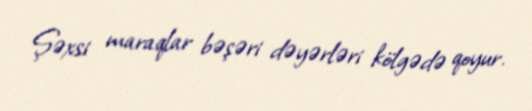
Şəxsi maraqlar bəşəri dəyərləri kölgədə qoyur.